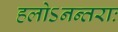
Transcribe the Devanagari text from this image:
हलोऽनन्तराः